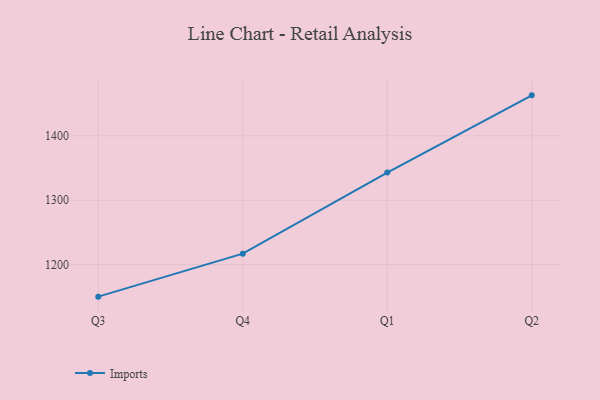
{"axis": {"x": "Quarter", "y": "Latency (ms)"}, "legend": ["Imports"], "data": [{"x": "Q3", "y": 1150.2, "type": "Imports"}, {"x": "Q4", "y": 1217.0, "type": "Imports"}, {"x": "Q1", "y": 1343.0, "type": "Imports"}, {"x": "Q2", "y": 1463.0, "type": "Imports"}]}